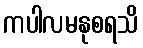
ကပါလမနုစရသိ